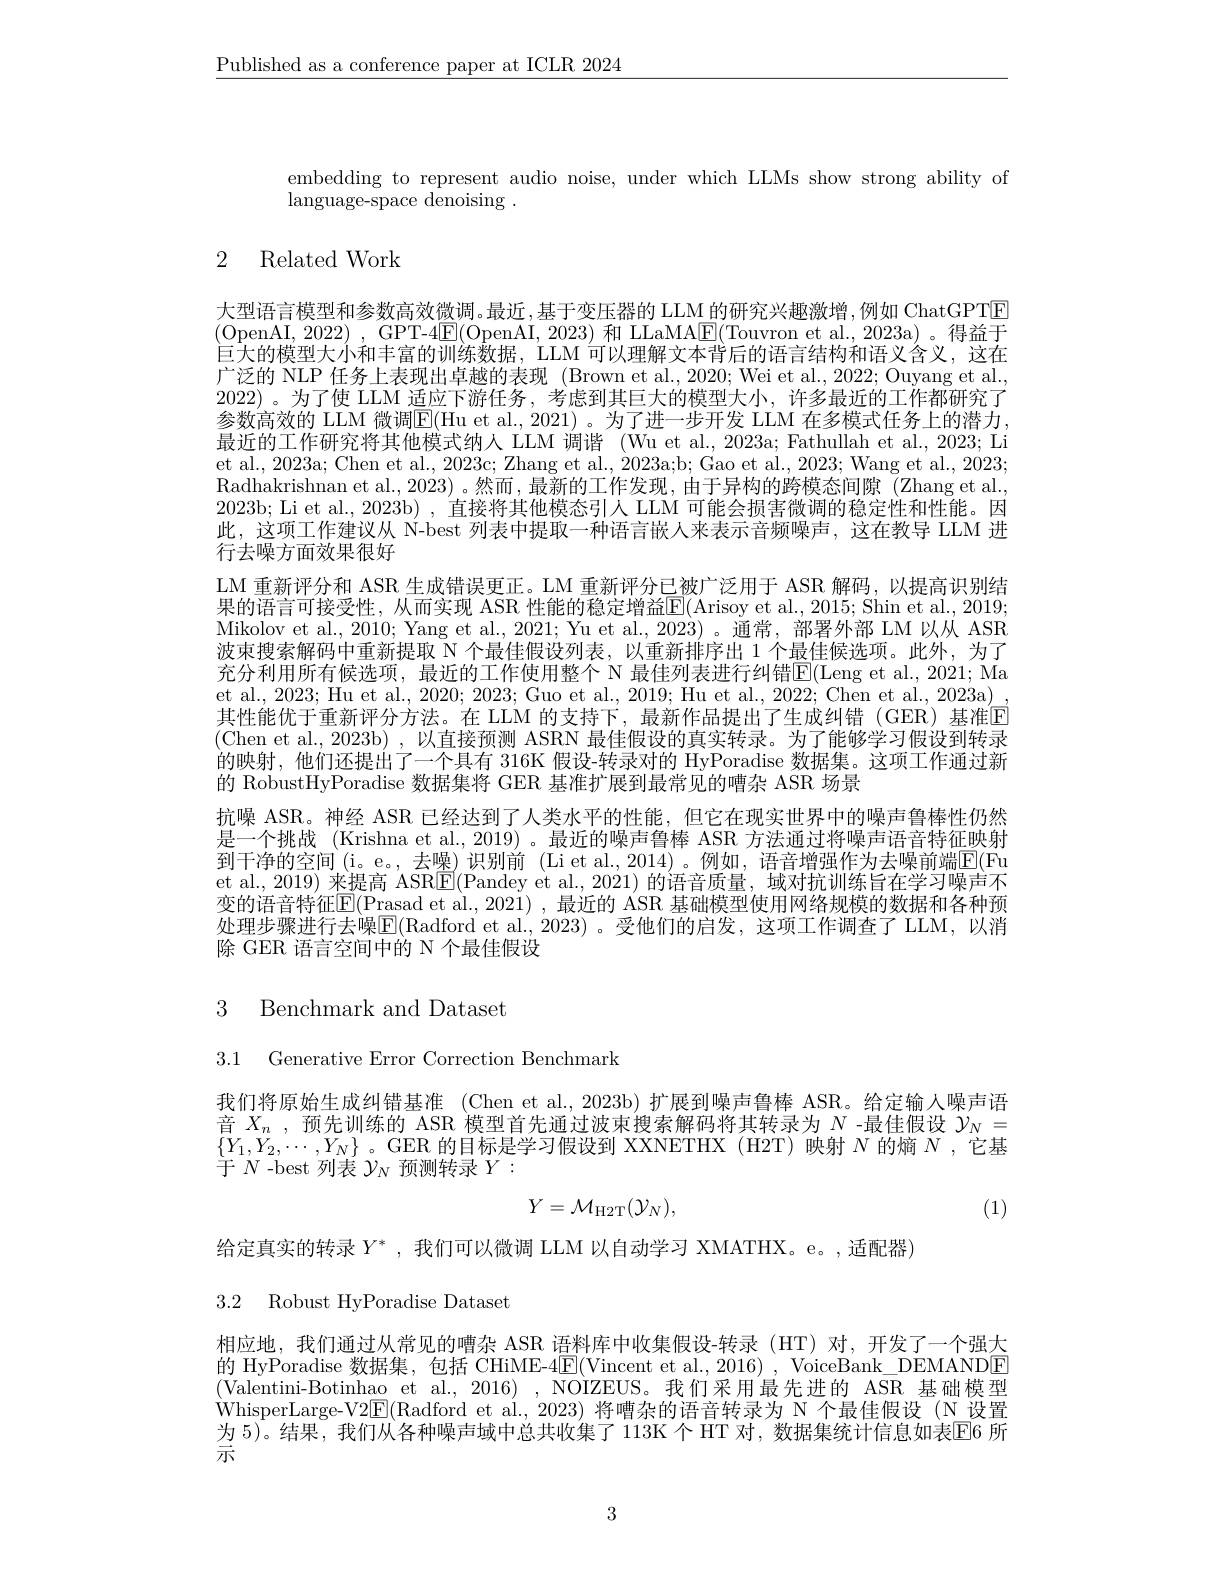
$\underline{\text{Published as a conference paper at ICLR 2024}}$

embedding to represent audio noise, under which LLMs show strong ability of
language-space denoising .

# 2 Related Work

大型语言模型和参数高效微调。最近，基于变压器的 LLM 的研究兴趣激增，例如 ChatGPT[E] (OpenAI, 2022), GPT-4▣(OpenAI, 2023) 和 LLaMA$\boxed{\mathrm{F}}($Touvron et al., 2023a)。得益于巨大的模型大小和丰富的训练数据，LLM 可以理解文本背后的语言结构和语义含义，这在广泛的 NLP 任务上表现出卓越的表现 (Brown et al.,2020; Wei et al., 2022; Ouyang et al., 2022)。为了使 LLM 适应下游任务，考虑到其巨大的模型大小，许多最近的工作都研究了参数高效的 LLM 微调$\boxed{\mathrm{E}}($Hu et al., 2021)。为了进一步开发 LLM 在多模式任务上的潜力， 最近的工作研究将其他模式纳人 LLM 调谐 (Wu et al., 2023a; Fathullah et al., 2023; Li et al., 2023a; Chen et al., 2023c; Zhang et al., 2023a;b; Gao et al., 2023; Wang et al., 2023; Radhakrishnan et al., 2023) 。然而，最新的工作发现，由于异构的跨模态间隙 (Zhang et al., 2023b; Li et al., 2023b) , 直接将其他模态引人 LLM 可能会损害微调的稳定性和性能。因此，这项工作建议从 N-best 列表中提取一种语言嵌人来表示音频噪声，这在教导 LLM 进行去噪方面效果很好
LM 重新评分和 ASR 生成错误更正。LM 重新评分已被广泛用于 ASR 解码，以提高识别结果的语言可接受性，从而实现 ASR 性能的稳定增益E(Arisoy et al., 2015; Shin et al., 2019; Mikolov et al., 2010; Yang et al., 2021; Yu et al., 2023) 。通常，部署外部 LM 以从 ASR 波束搜索解码中重新提取$\overset{\mathrm{N}}{\operatorname*{\operatorname*{N}}}$个最佳假设列表，以重新排序出 1 个最佳候选项。此外，为了充分利用所有候选项，最近的工作使用整个 N 最佳列表进行纠错E(Leng et al.,2021; Ma et al., 2023; Hu et al., 2020; 2023; Guo et al., 2019; Hu et al., 2022; Chen et al., 2023a) , 其性能优于重新评分方法。在 LLM 的支持下，最新作品提出了生成纠错(GER)基准[E] (Chen et al., 2023b) , 以直接预测 ASRN 最佳假设的真实转录。为了能够学习假设到转录的映射，他们还提出了一个具有 316K 假设-转录对的 HyPoradise 数据集。这项工作通过新的 RobustHyPoradise 数据集将 GER 基准扩展到最常见的嘈杂 ASR 场景
抗噪 ASR。神经 ASR 已经达到了人类水平的性能，但它在现实世界中的噪声鲁棒性仍然是一个挑战 (Krishna et al., 2019) 。最近的噪声鲁棒 ASR 方法通过将噪声语音特征映射到干净的空间(i。e。,去噪)识别前 (Li et al.,2014)。例如，语音增强作为去噪前端$\overline{\mathrm{E}}($Fu et al., 2019) 来提高 ASR$\boxed{\mathrm{E}}($Pandey et al., 2021) 的语音质量，域对抗训练旨在学习噪声不变的语音特征E(Prasad et al.,2021) , 最近的 ASR 基础模型使用网络规模的数据和各种预处理步骤进行去噪$\boxed{\mathrm{E}}($Radford et al.,2023)。受他们的启发，这项工作调查了 LLM,以消除 GER 语言空间中的 N 个最佳假设

# 3 Benchmark and Dataset

3.1 Generative Error Correction Benchmark

我们将原始生成纠错基准 (Chen et al.,2023b) 扩展到噪声鲁棒 ASR。给定输人噪声语音$X_n$ ,预先训练的 ASR 模型首先通过波束搜索解码将其转录为 $N$ -最佳假设 $\mathcal{Y}_N=$ $\{Y_1,Y_2,\cdots,Y_N\}$ 。GER 的目标是学习假设到 XXNETHX(H2T)映射$N$的熵$N$ ,它基于$N$ -best 列表$\mathcal{Y}_N$预测转录$Y:$
$$Y=\mathcal{M}_{\mathrm{H2T}}(\mathcal{Y}_{N}),$$
(1)

给定真实的转录 $Y^*$, 我们可以微调 LLM 以自动学习 XMATHX。e。,适配器)
3.2 Robust HyPoradise Dataset

相应地，我们通过从常见的嘈杂 ASR 语料库中收集假设-转录(HT)对，开发了一个强大的 HyPoradise 数据集，包括 CHiME-4E(Vincent et al., 2016) , VoiceBank\_DEMANDE (Valentini-Botinhao et al., 2016) , NOIZEUS。我们采用最先进的 ASR 基础模型WhisperLarge-V2$\boxed{\mathrm{E}}($Radford et al., 2023) 将嘈杂的语音转录为 N 个最佳假设 (N 设置为 5)。结果，我们从各种噪声域中总共收集了 113K 个 HT 对，数据集统计信息如表$\mathbb{E}$6 所$\stackrel{'}{\text{示}}$

3